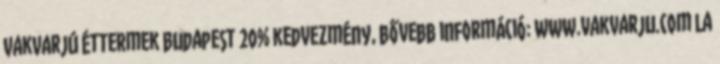
VakVarjú Éttermek Budapest 20% kedvezmény, bővebb információ: www.vakvarju.com La